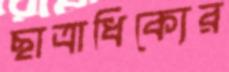
ছাত্রাধিক্যের